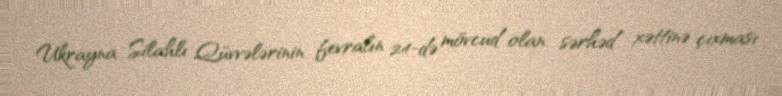
Ukrayna Silahlı Qüvvələrinin fevralın 24-də mövcud olan sərhəd xəttinə çıxması